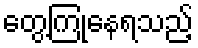
တွေ့ကြုံနေရသည့်